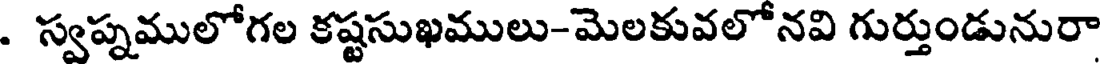
. స్వప్నములోగల కష్టసుఖములు-మెలకువలోనవి గుర్తుండునురా